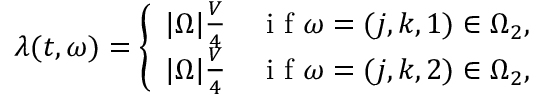
\lambda ( t , \omega ) = \left\{ \begin{array} { l l } { | \Omega | \frac { V } { 4 } } & { \mathrm { ~ i ~ f ~ } \omega = ( j , k , 1 ) \in \Omega _ { 2 } , } \\ { | \Omega | \frac { V } { 4 } } & { \mathrm { ~ i ~ f ~ } \omega = ( j , k , 2 ) \in \Omega _ { 2 } , } \end{array} \right.